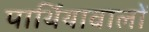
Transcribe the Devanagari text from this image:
पार्थियावालों